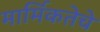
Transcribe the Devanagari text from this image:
मार्मिकतेचे